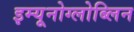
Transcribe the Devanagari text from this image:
इम्यूनोग्लोब्लिन